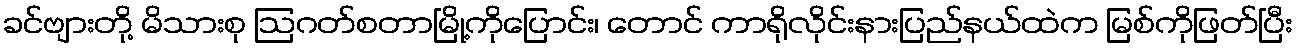
ခင်ဗျားတို့ မိသားစု ဩဂတ်စတာမြို့ကိုပြောင်း၊ တောင် ကာရိုလိုင်းနားပြည်နယ်ထဲက မြစ်ကိုဖြတ်ပြီး